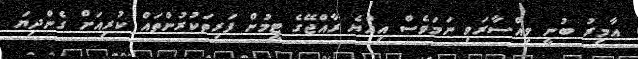
އާމިރު ބުނީ ވިއްސާރަވި ނަމަވެސް އިއްޔެ ރާއްޖޭގެ ޓީމުން ފަރިތަކުރުންތައް ކުރިއަށް ގެންދިޔަ